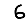
Digit: 6